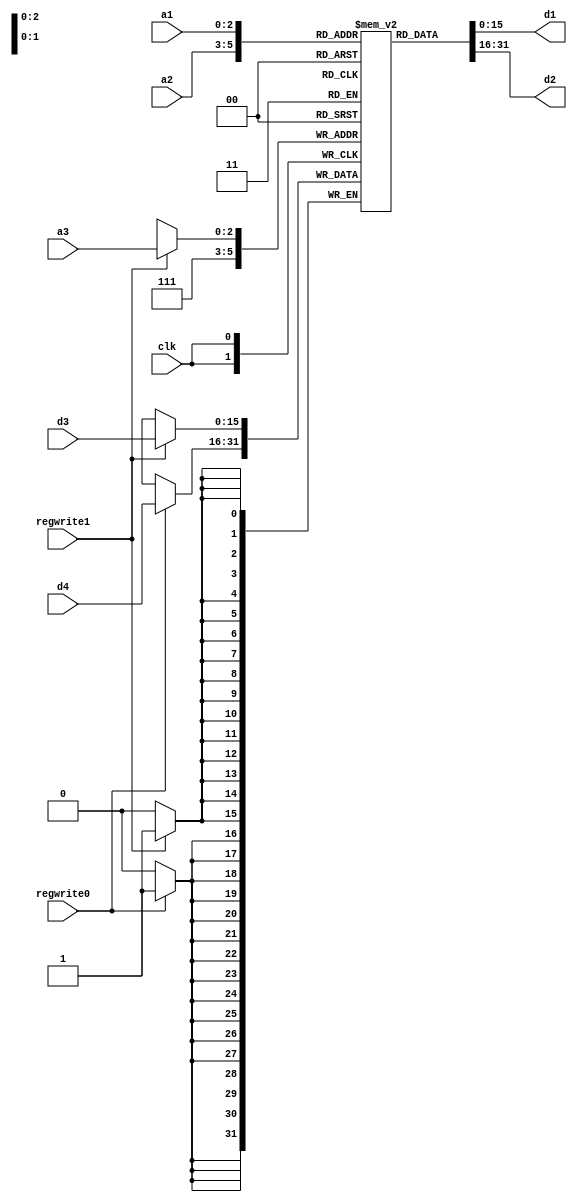
module RF_pp(a1,a2,a3,d1,d2,d3,d4,clk,regwrite1,regwrite0);
input clk,regwrite1,regwrite0;
input [2:0] a1,a2,a3;
input [15:0] d3,d4;
output [15:0] d1,d2;

reg [15:0] RF [7:0]; 

assign d1=RF[a1];
assign d2=RF[a2];

always @(posedge clk)
begin
if(regwrite1==1'b1)
RF[a3]<=d3;
if(regwrite0==1'b1)
RF[7]<=d4;

end

endmodule